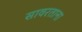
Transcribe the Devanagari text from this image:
सावरताना